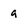
Character: q